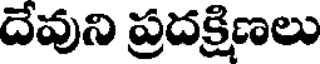
దేవుని ప్రదక్రిణలు